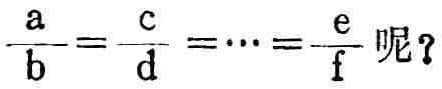
\(\frac{a}{b}=\frac{c}{d}=\cdots=\frac{e}{f}\)